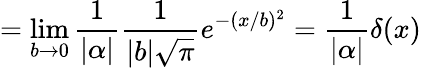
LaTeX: =\operatorname*{lim}_{b\to 0}{\frac{1}{|\alpha|}}{\frac{1}{|b|{\sqrt{\pi}}}}e^{-(x/b)^{2}}={\frac{1}{|\alpha|}}\delta(x)